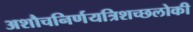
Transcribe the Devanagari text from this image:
अशौचनिर्णयत्रिशच्छलोकी